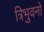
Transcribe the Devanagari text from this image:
त्रिभुवनों